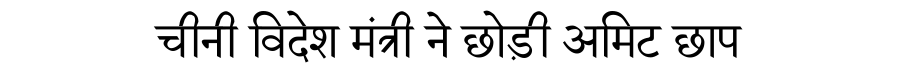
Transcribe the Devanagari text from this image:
चीनी विदेश मंत्री ने छोड़ी अमिट छाप